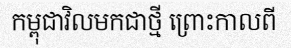
កម្ពុជាវិលមកជាថ្មី ព្រោះកាលពី